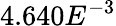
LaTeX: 4.640E^{-3}